Vaccine operations Central Provinces 1886-1899 - 1886-1899
Year: 1886
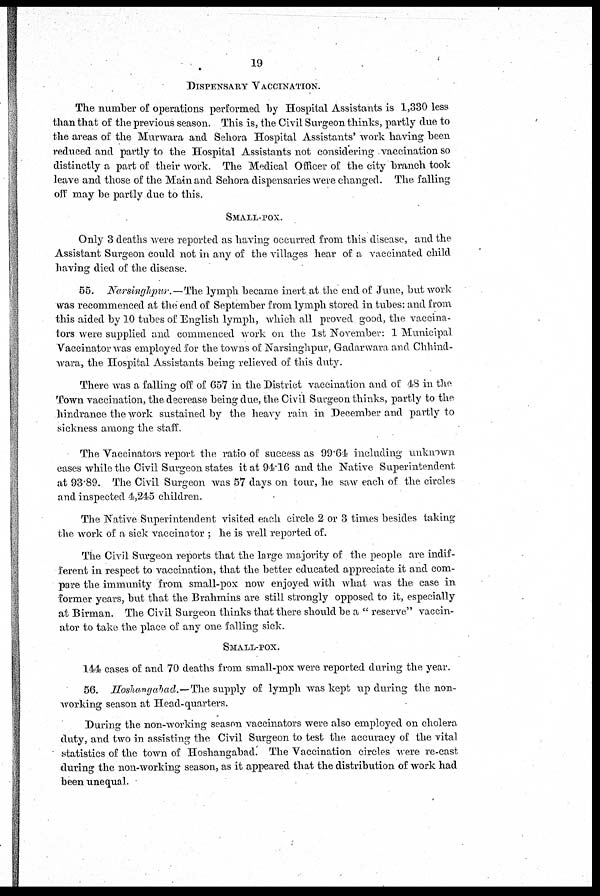
19
DISPENSARY VACCINATION.
The number of operations performed by Hospital Assistants is 1,330 less
than that of the previous season. This is, the Civil Surgeon thinks, partly due to
the areas of the Murwara and Sehora Hospital Assistants' work having been
reduced and partly to the Hospital Assistants not considering vaccination so
distinctly a part of their work. The Medical Officer of the city branch took
leave and those of the Main and Sehora dispensaries were changed. The falling
off may be partly due to this.
SMALL-POX.
Only 3 deaths were reported as having occurred from this disease, and the
Assistant Surgeon could not in any of the villages hear of a vaccinated child
having died of the disease.
55. Narsinghpur.—The lymph became inert at the end of June, but work
was recommenced at the end of September from lymph stored in tubes: and from
this aided by 10 tubes of English lymph, which all proved good, the vaccina-
tors were supplied and commenced work on the 1st November: 1 Municipal
Vaccinator was employed for the towns of Narsinghpur, Gadarwara and Chhind¬
wara, the Hospital Assistants being relieved of this duty.
There was a falling off of 657 in the District vaccination and of 48 in the
Town vaccination, the decrease being due, the Civil Surgeon thinks, partly to the
hindrance the work sustained by the heavy rain in December and partly to
sickness among the staff.
The Vaccinators report the ratio of success as 99.64 including unknown
cases while the Civil Surgeon states it at 94.16 and the Native Superintendent
at 93.89. The Civil Surgeon was 57 days on tour, he saw each of the circles
and inspected 4,245 children.
The Native Superintendent visited each circle 2 or 3 times besides taking
the work of a sick vaccinator ; he is well reported of.
The Civil Surgeon reports that the large majority of the people are indif-
ferent in respect to vaccination, that the better educated appreciate it and com-
pare the immunity from small-pox now enjoyed with what was the case in
former years, but that the Brahmins are still strongly opposed to it, especially
at Birman. The Civil Surgeon thinks that there should be a " reserve" vaccin-
ator to take the place of any one falling sick.
SMALL-POX.
144 cases of and 70 deaths from small-pox were reported during the year.
56. Hoshangabad.—The supply of lymph was kept up during the non-
working season at Head-quarters.
During the non-working season vaccinators were also employed on cholera
duty, and two in assisting the Civil Surgeon to test the accuracy of the vital
statistics of the town of Hoshangabad. The Vaccination circles were re-cast
during the non-working season, as it appeared that the distribution of work had
been unequal.